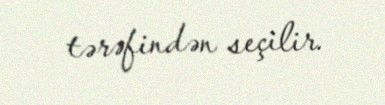
tərəfindən seçilir.